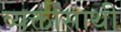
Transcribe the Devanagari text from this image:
व्यक्तींसाथी